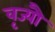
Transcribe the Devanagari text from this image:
वृज्यौ